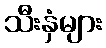
သီးနှံများ